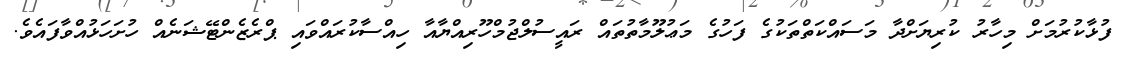
ފުޅާކުރުމަށް މިހާރު ކުރިޔަށްދާ މަސައްކަތްތަކުގެ ފަހުގެ މަޢުލޫމާތުތައް ރައީސުލްޖުމްހޫރިއްޔާއާ ހިއްސާކުރައްވައި ޕްރެޒެންޓޭޝަނެއް ހުށަހަޅުއްވާފައެވެ.